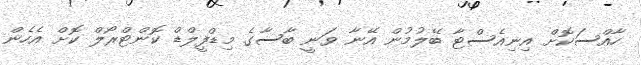
ހާއްސަކޮށް އިނިއެސްޓާ ބޭލުމުން އޭނާ ވަނީ ބާސާގެ މިޑްފީލްޑް ކޮންޓްރޯލް ކޮށް އެހެން